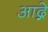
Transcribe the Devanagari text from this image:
आद्गे